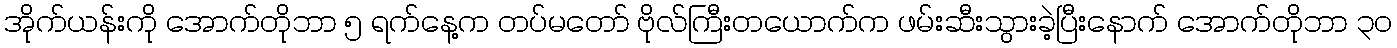
အိုက်ယန်းကို အောက်တိုဘာ ၅ ရက်နေ့က တပ်မတော် ဗိုလ်ကြီးတယောက်က ဖမ်းဆီးသွားခဲ့ပြီးနောက် အောက်တိုဘာ ၃၀